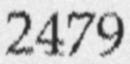
2479